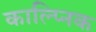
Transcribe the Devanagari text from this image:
काल्प्निक